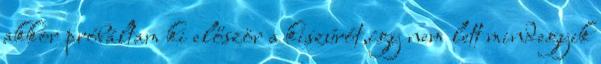
akkor próbáltam ki először a kiszúrót,így nem lett mindegyik